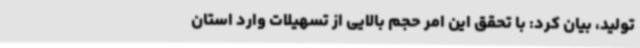
تولید، بیان کرد: با تحقق این امر حجم بالایی از تسهیلات وارد استان